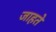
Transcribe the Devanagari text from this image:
जाहते